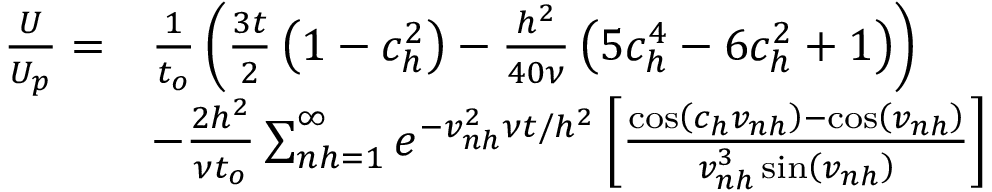
\begin{array} { r l } { \frac { U } { U _ { p } } = } & { \frac { 1 } { t _ { o } } \left( \frac { 3 t } { 2 } \left( 1 - c _ { h } ^ { 2 } \right) - \frac { h ^ { 2 } } { 4 0 \nu } \left( 5 c _ { h } ^ { 4 } - 6 c _ { h } ^ { 2 } + 1 \right) \right) } \\ & { - \frac { 2 h ^ { 2 } } { \nu t _ { o } } \sum _ { n h = 1 } ^ { \infty } e ^ { - v _ { n h } ^ { 2 } \nu t / h ^ { 2 } } \left[ \frac { \cos \left( c _ { h } v _ { n h } \right) - \cos \left( v _ { n h } \right) } { v _ { n h } ^ { 3 } \sin \left( v _ { n h } \right) } \right] } \end{array}